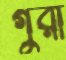
গুরা